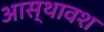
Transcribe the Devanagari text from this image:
आस्थावश